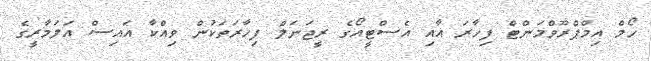
ހޯމް އިމްޕްރޫވްމަންޓް ފިހާރަ އާއި އެސްޓީއޯގެ ރީޖަނަލް ފިހާރަތަކުން ވިއްކާ އައިސް އަލަމާރީގެ